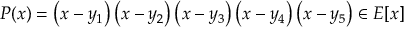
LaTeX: P ( x ) = \left( x - y _ { 1 } \right) \left( x - y _ { 2 } \right) \left( x - y _ { 3 } \right) \left( x - y _ { 4 } \right) \left( x - y _ { 5 } \right) \in E [ x ]